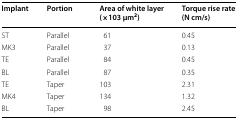
| Implant | Portion | Area of white layer (×103 μm2) | Torque rise rate (N cm/s) |
 | --- | --- | --- | --- |
 | ST | Parallel | 61 | 0.45 |
 | MK3 | Parallel | 37 | 0.13 |
 | TE | Parallel | 84 | 0.45 |
 | BL | Parallel | 87 | 0.35 |
 | TE | Taper | 103 | 2.31 |
 | MK4 | Taper | 134 | 1.32 |
 | BL | Taper | 98 | 2.45 |